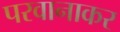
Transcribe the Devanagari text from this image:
परवानाकर